Indian Medical Review
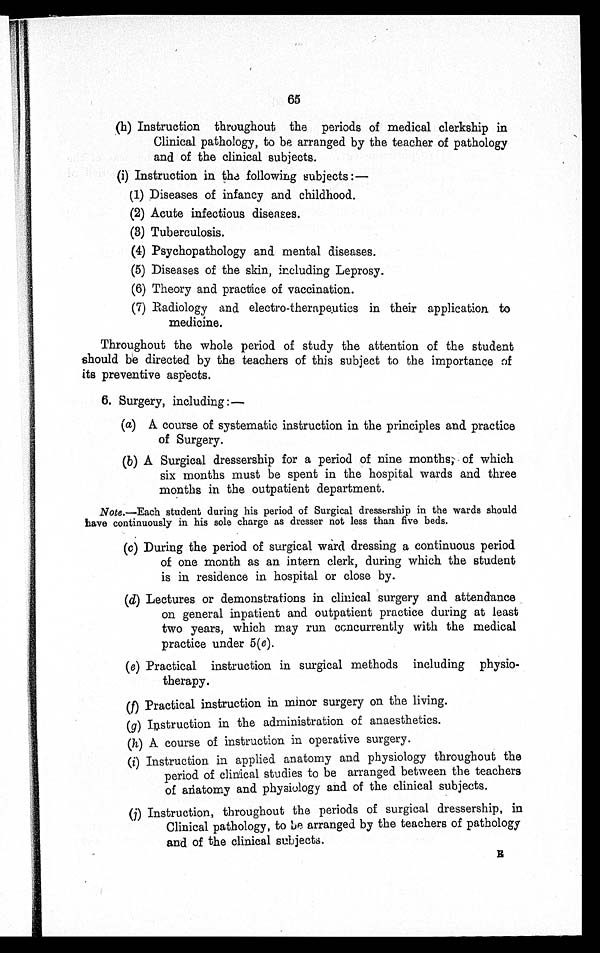
65
(h) Instruction throughout the periods of medical clerkship in
Clinical pathology, to be arranged by the teacher of pathology
and of the clinical subjects.
(i) Instruction in the following subjects :
—
(1) Diseases of infancy and childhood.
(2) Acute infectious diseases.
(3) Tuberculosis.
(4) Psychopathology and mental diseases.
(5) Diseases of the skin, including Leprosy.
(6) Theory and practice of vaccination.
(7) Radiology and electro-therapeutics in their application to
medicine.
Throughout the whole period of study the attention of the student
should be directed by the teachers of this subject to the importance of
its preventive aspects.
6. Surgery, including:—
(a) A course of systematic instruction in the principles and practice
of Surgery.
(b) A Surgical dressership for a period of nine months, of which
six months must be spent in the hospital wards and three
months in the outpatient department.
Note.—Each student during his period of Surgical dressership in the wards should
have continuously in his sole charge as dresser not less than five beds.
(c) During the period of surgical ward dressing a continuous period
of one month as an intern clerk, during which the student
is in residence in hospital or close by.
(d) Lectures or demonstrations in clinical surgery and attendance
on general inpatient and outpatient practice during at least
two years, which may run concurrently with the medical
practice under 5 (e) .
(e) Practical instruction in surgical methods including physio-
therapy.
(f) Practical instruction in minor surgery on the living.
(g) Instruction in the administration of anaesthetics.
(h) A course of instruction in operative surgery.
(i) Instruction in applied anatomy and physiology throughout the
period of clinical studies to be arranged between the teachers
of anatomy and physiology and of the clinical subjects.
(j) Instruction, throughout the periods of surgical dressership, in
Clinical pathology, to be arranged by the teachers of pathology
and of the clinical subjects.